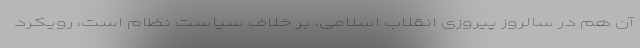
آن هم در سالروز پیروزی انقلاب اسلامی، بر خلاف سیاست نظام است، رویکرد